Vaccination North-Western Provinces and Oudh 1878-1895 - 1878-1895
Year: 1878
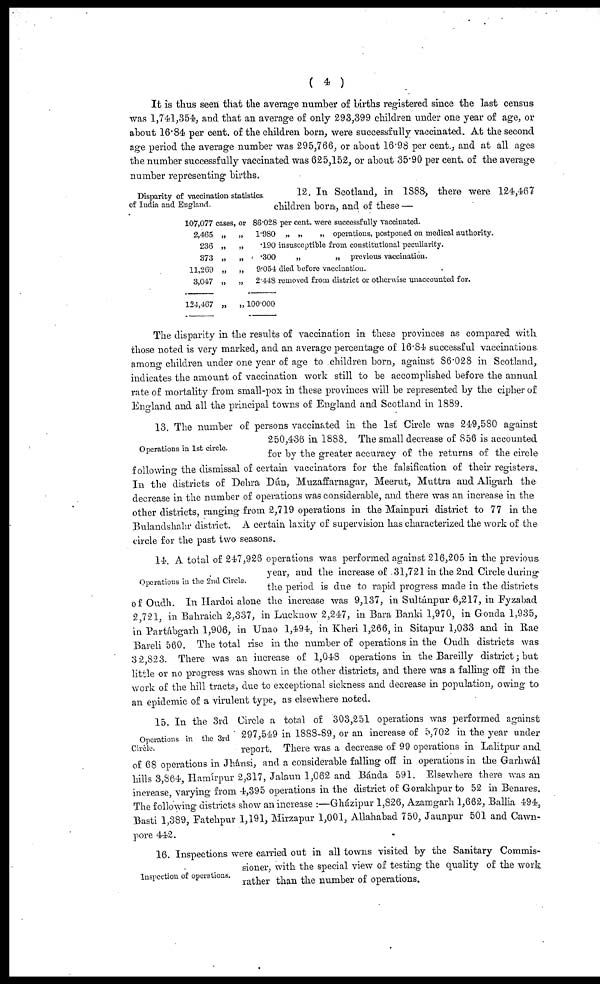
( 4 )
It is thus seen that the average number of births registered since the last census
was 1,741,354, and that an average of only 293,399 children under one year of age, or
about 16.84 per cent. of the children born, were successfully vaccinated. At the second
age period the average number was 295,766, or about 16.98 per cent., and at all ages
the number successfully vaccinated was 625,152, or about 35.90 per cent. of the average
number representing births.
Disparity of vaccination statistics
of India and England.
12. In Scotland, in 1888, there were 124,467
children born, and of these —
107,077
2,465
236
373
11,269
3,047
124,467
cases,
„
„
„
„
„
„
or
„
„
„
„
„
„
86.028 per cent. were successfully vaccinated.
1.980
„
„
„ operations, postponed on medical authority.
.190 insusceptible from constitutional peculiarity.
.300
„
„ previous vaccination.
9.054 died before vaccination.
2.448 removed from district or otherwise unaccounted for.
100.000
The disparity in the results of vaccination in these provinces as compared with
those noted is very marked, and an average percentage of 16.84 successful vaccinations
among children under one year of age to children born, against 86.028 in Scotland,
indicates the amount of vaccination work still to be accomplished before the annual
rate of mortality from small-pox in these provinces will be represented by the cipher of
England and all the principal towns of England and Scotland in 1889.
Operations in 1st circle.
13. The number of persons vaccinated in the 1st Circle was 249,580 against
250,436 in 1888. The small decrease of 856 is accounted
for by the greater accuracy of the returns of the circle
following the dismissal of certain vaccinators for the falsification of their registers.
In the districts of Dehra Dún, Muzaffarnagar, Meerut, Muttra and Aligarh the
decrease in the number of operations was considerable, and there was an increase in the
other districts, ranging from 2,719 operations in the Mainpuri district to 77 in the
Bulandshahr district. A certain laxity of supervision has characterized the work of the
circle for the past two seasons.
Operations in the 2nd Circle.
14. A total of 247,926 operations was performed against 216,205 in the previous
year, and the increase of 31,721 in the 2nd Circle during
the period is due to rapid progress made in the districts
of Oudh. In Hardoi alone the increase was 9,137, in Sultánpur 6,217, in Fyzabad
2,721, in Bahraich 2,337, in Lucknow 2,247, in Bara Banki 1,970, in Gonda 1,935,
in Partábgarh 1,906, in Unao 1,494, in Kheri 1,266, in Sitapur 1,033 and in Rae
Bareli 560. The total rise in the number of operations in the Oudh districts was
32,823. There was an increase of 1,048 operations in the Bareilly district; but
little or no progress was shown in the other districts, and there was a falling off in the
work of the hill tracts, due to exceptional sickness and decrease in population, owing to
an epidemic of a virulent type, as elsewhere noted.
Operations in the 3rd
Circle.
15. In the 3rd Circle a total of 303,251 operations was performed against
297,549 in 1888-89, or an increase of 5,702 in the year under
report. There was a decrease of 99 operations in Lalitpur and
of 68 operations in Jhánsi, and a considerable falling off in operations in the Garhwál
hills 3,864, Hamírpur 2,317, Jalaun 1,062 and Bánda 591. Elsewhere there was an
increase, varying from 4,395 operations in the district of Gorakhpur to 52 in Benares.
The following districts show an increase :—Gházipur 1,826, Azamgarh 1,662, Ballia 494,
Basti 1,389, Fatehpur 1,191, Mirzapur 1,001, Allahabad 750, Jaunpur 501 and Cawn-
pore 442.
Inspection of operations.
16. Inspections were carried out in all towns visited by the Sanitary Commis-
sioner, with the special view of testing the quality of the work
rather than the number of operations.